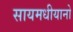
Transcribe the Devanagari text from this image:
सायमधीयानो